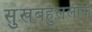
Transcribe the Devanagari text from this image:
सुखबहुललोक